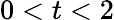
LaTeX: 0<t<2